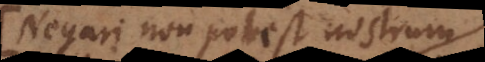
Negari non potest nostrum